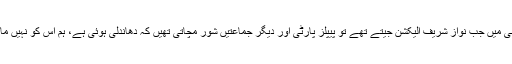
ماضی میں جب نواز شریف الیکشن جیتے تھے تو پیپلز پارٹی اور دیگر جماعتیں شور مچاتی تھیں کہ دھاندلی ہوئی ہے، ہم اس کو نہیں مانتے۔